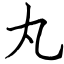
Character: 丸